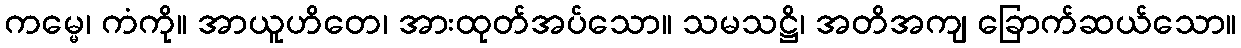
ကမ္မေ၊ ကံကို။ အာယူဟိတေ၊ အားထုတ်အပ်သော။ သမသဋ္ဌိ၊ အတိအကျ ခြောက်ဆယ်သော။